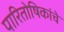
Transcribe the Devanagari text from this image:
पारितोषिकांचे